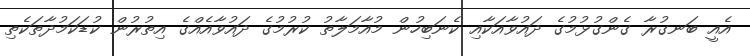
އެއީ ބަނގުރާ ގެންގުޅުމުގެ ދައުވާއަކާއި ކެނަބިހުން މުއާމަލާތު ކުރުމުގެ ދައުވާއެއްގެ އިތުރުން ކުޑަކަމުދާތަކެތި